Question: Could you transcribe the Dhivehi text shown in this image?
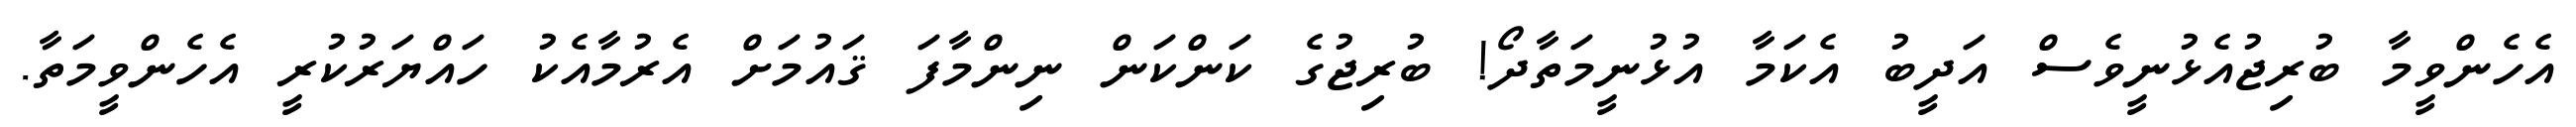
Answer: އެހެންވީމާ ބުރިޖުއެޅުނީވެސް އަދީބު އެކަމާ އުޅުނީމަތާދޯ! ބުރިޖުގެ ކަންކަން ނިންމާފަ ޤައުމަށް އެރުމާއެކު ހައްޔަރުކުރީ އެހެންވީމަތާ.